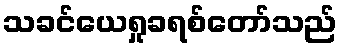
သခင်ယေရှုခရစ်တော်သည်